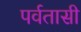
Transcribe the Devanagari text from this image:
पर्वतासी